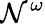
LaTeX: {\mathcal{N}}^{\omega}